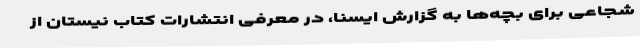
شجاعی برای بچه‌ها به گزارش ایسنا، در معرفی انتشارات کتاب نیستان از